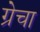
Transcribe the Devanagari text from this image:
ग्रेचा